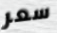
سعر